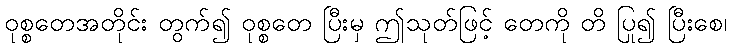
ဝုစ္စတေအတိုင်း တွက်၍ ဝုစ္စတေ ပြီးမှ ဤသုတ်ဖြင့် တေကို တိ ပြု၍ ပြီးစေ၊